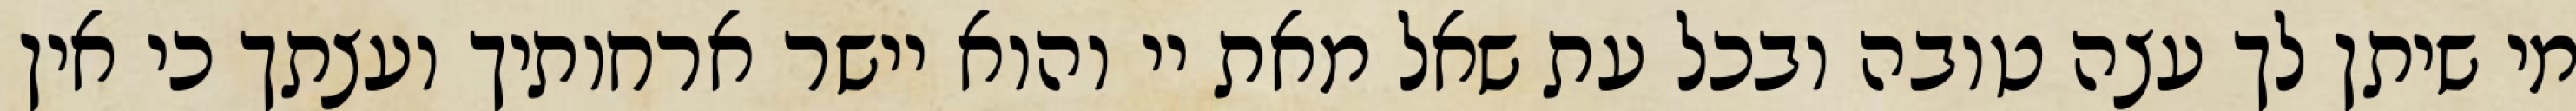
מי שיתן לך עצה טובה ובכל עת שאל מאת יי והוא יישר ארחותיך ועצתך כי אין